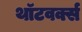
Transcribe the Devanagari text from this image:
थॉटवर्क्स